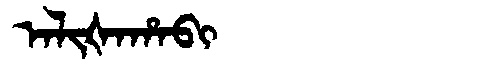
Manchu: ᠠᠯᡳᡧᠠᡥᠠᠪᡳ
Romanization: ALIŠAHABI